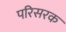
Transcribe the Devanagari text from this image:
परिसरक